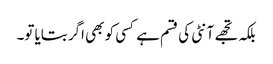
بلکہ تجھے آنٹی کی قسم ہے کسی کو بھی اگر بتایا تو۔